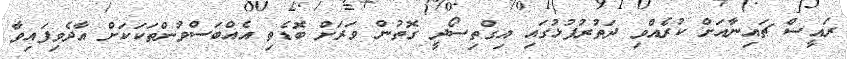
ރައީސް ޗައިނާއަށް ކުރެއްވި ދަތުރުފުޅުގައި އިގްތިސޯދީ ގޮތުން ވަރަށް ބޮޑެތި އެއްބަސްވުންތަކަކަށް އާދެވިފައިވާ